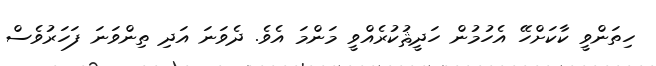
ހިތަންވީ ކާކަށްހޭ އެހުމުން ހަދީޘުކުރެއްވީ މަންމަ އެވެ. ދެވަނަ އަދި ތިންވަނަ ފަހަރުވެސް